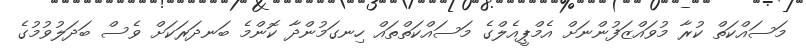
މަސައްކަތް ކުރާ މުވައްޒަފުންނަށް އެމްޕީއެލްގެ މަސައްކަތްތައް ހިނގަމުންދާ ކޮންމެ ބަނދަރަކަށް ވެސް ބަދަލުވުމުގެ